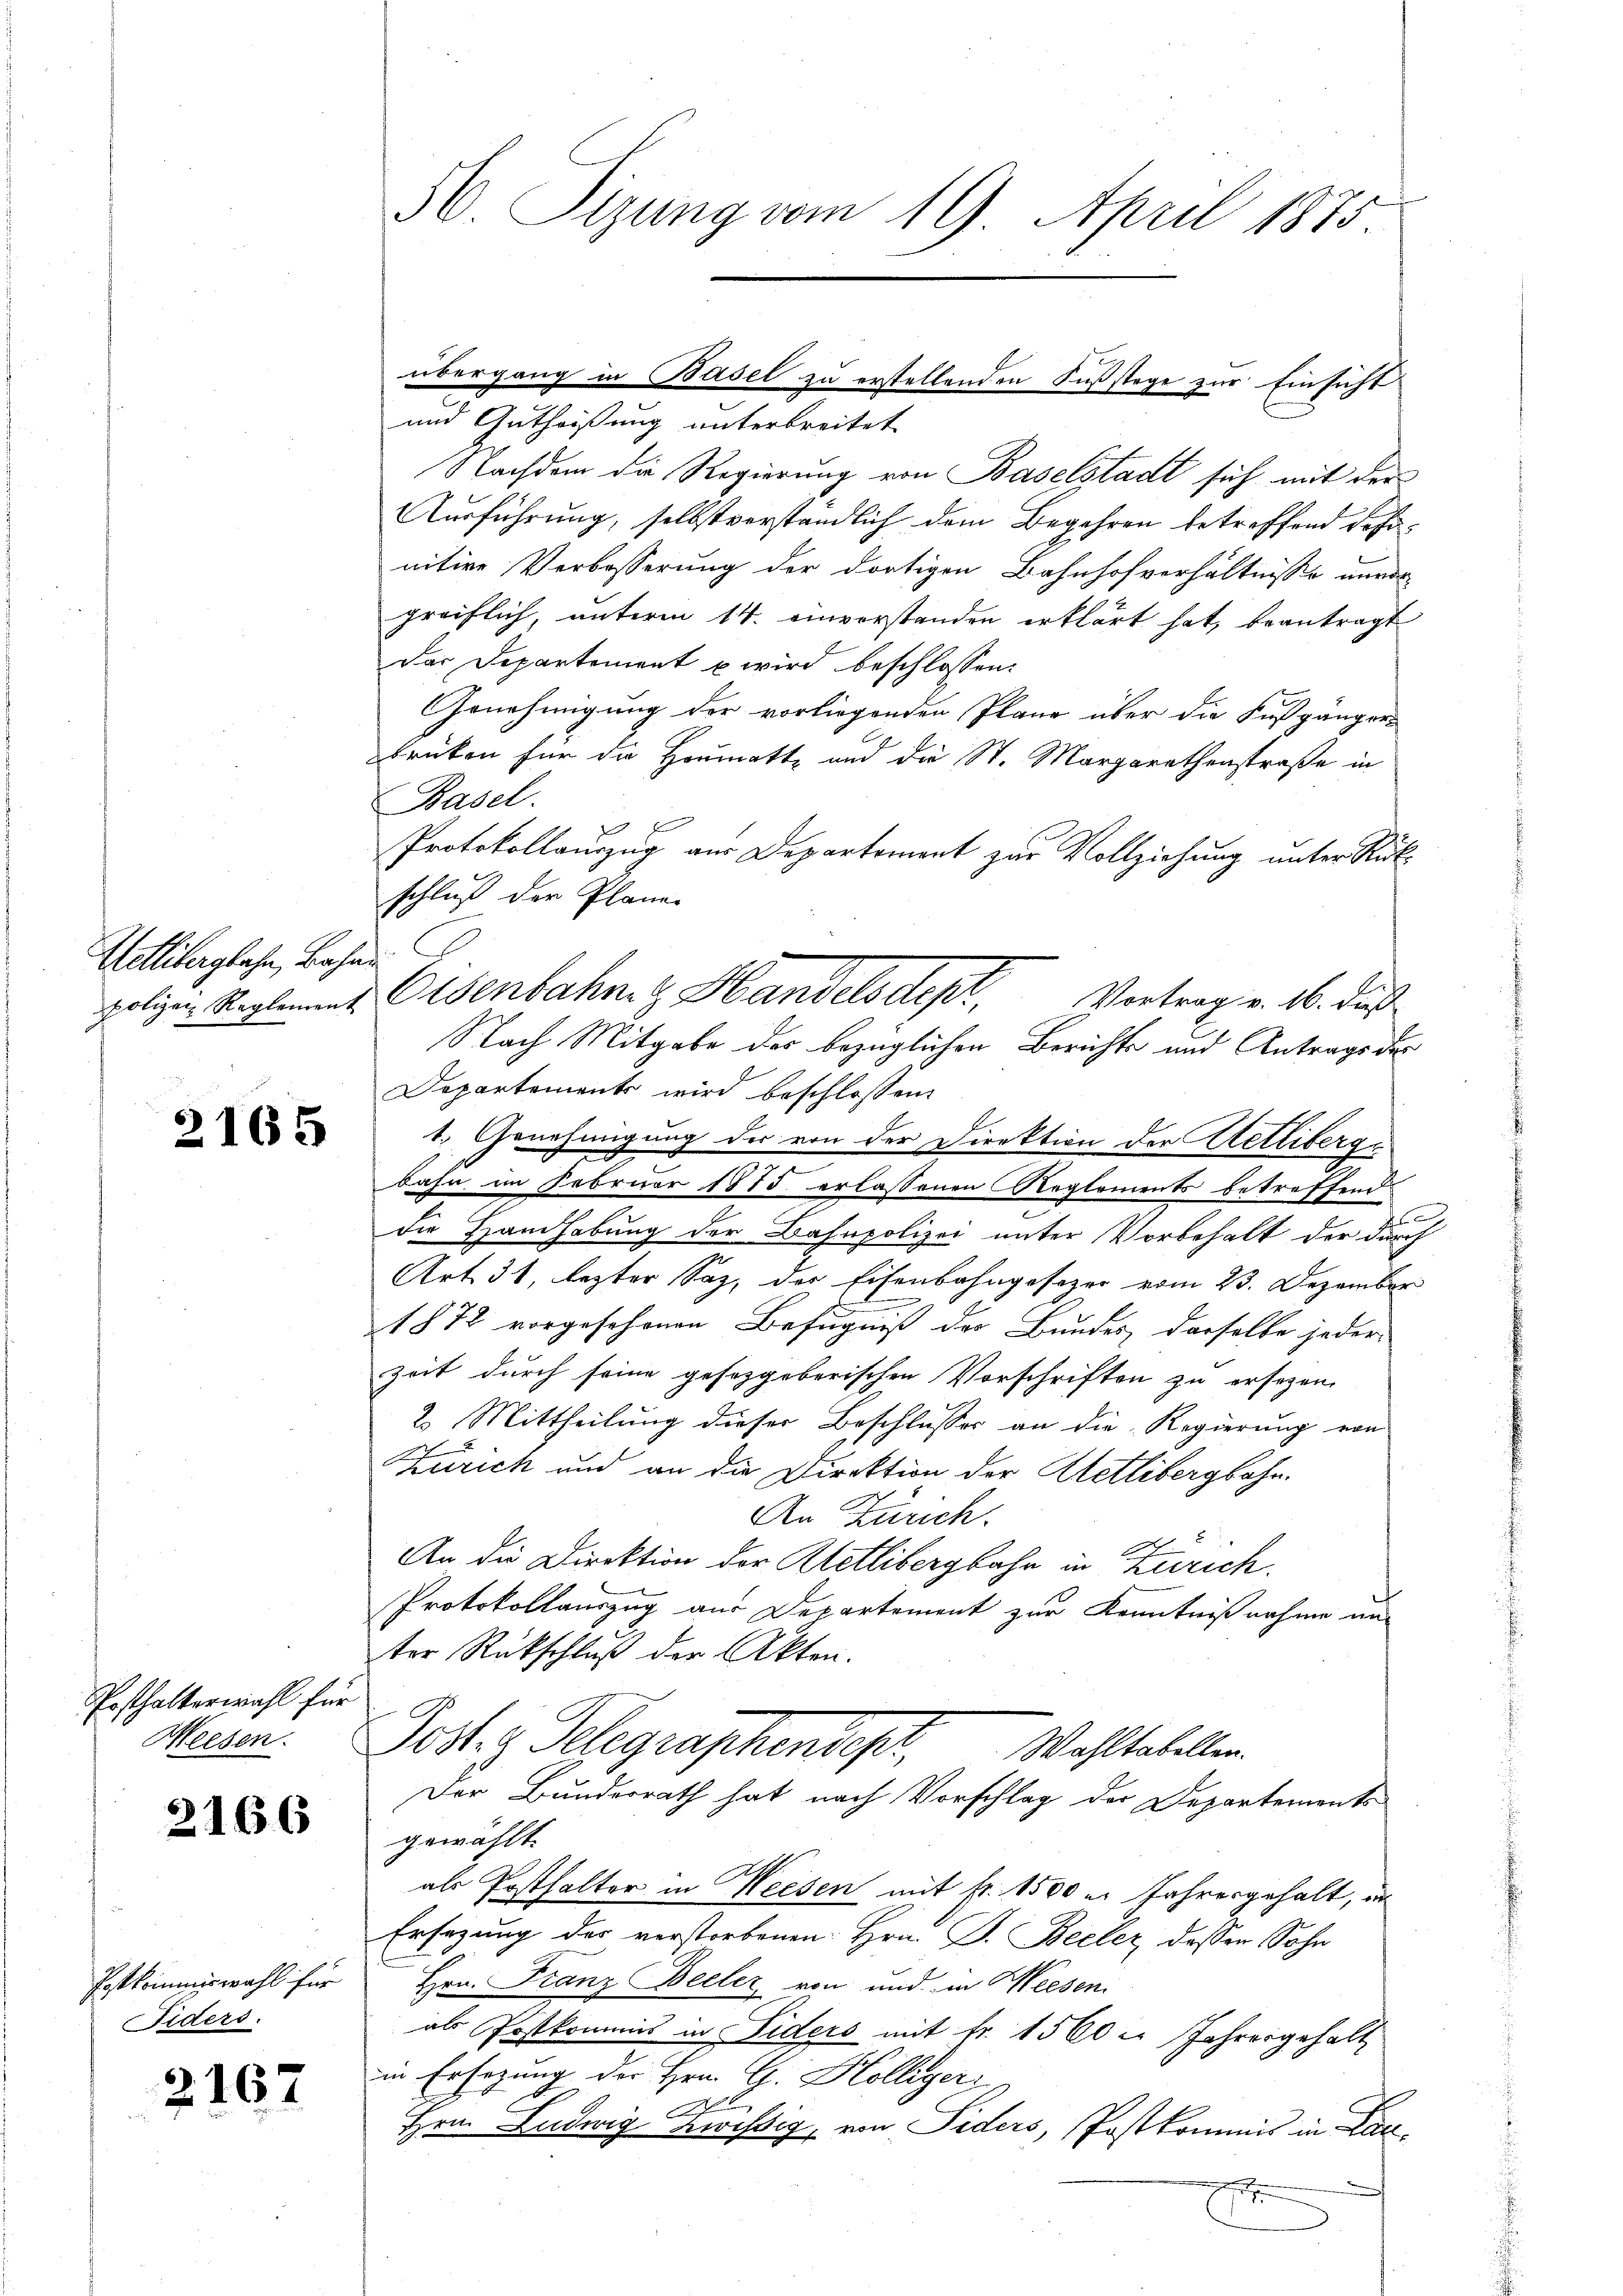
Wetlibergbahn, Bahn

2165

Ersthalterwahl für
Weesen.

2166

Postkommiswahl für
Fiders.

2167

56. Sizung vom 19. April 1875

und Gutheißung unterbreitet
Nachdem die Regierung von Baselstadt sich mit der
Ausführung, selbstverständlich dem Begehren betreffend desnitive Verbosserung der dortigen Bahnhofverhältnisse unver-
greiflich, unterm 14. einverstanden erklärt hat, beantragt
Das Departement u wird beschlossen:
Genehmigung der vorliegenden Plane über die Fußgänger-
brüken für die Heumatte und die St. Margarethenstraße in
Basel.
Protokollauszug aus Departement zur Vollziehung unter Rückschluß der Planer
Departements wird beschlossen.
1. Genehmigung der von der Direktion der Uetliberge
bahn im Februar 1875 erlassenen Reglements betreffend
die Handhabung der Bahnpolizei unter Vorbehalt der durch
Art. 31, lezter Saz, der Eisenbahngesezer vom 23. Dezember
1872 vorgesehenen Befugniß der Bundes, dasselbe jeder-
Zeit durch seine gesetzgeberischen Vorschriften zu ersezen,
2. Mittheilung dieser Beschlusses an die Regierung von
Zürich und an die Direktion der Uetlibergbahn.
An Zürich.
An die Direktion der Kletlibergbahn in Zürich.
Protokollauszug aus Departement zur Kenntnißnahme und
ter Rückschluß der Akten.
Post.  Telegraphendes,
Wahltabellen.
Der Bundesrath hat nach Vorschlag der Departements
gewählt.
als Posthalter in Weesen mit fr. 1500 u. Jahresgehalt, an
Ersezung der verstorbenen Hrn. F. Becler, deßen Sohn
Hrn. Franz Beeler, von und in Weesen
als Postkommis in Fiders mit Fr. 1560 x Jahresgehalt
in Ersezung der Hrn. G. Kölliger
u
A
Hrn. Ludwig Zwistig, von Fiders, Postkommis in Lan¬

übergang in Basel zu erstellenden Fußstage zur Einsicht

polizen Reglement Osenbahnig Handelsdept. Vortrag v. 16. dies
Nach Mitgabe der bezüglichen Berichts und Antrags des